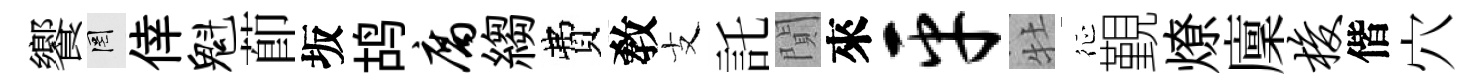
饗罔倖魁莭坂鸪腐縐費敎支託閴來平牡征覲燎廩梭偕穴